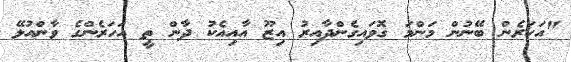
"އަހަރެން ބޭނުން މަންމަ ގޮވައިގެންދާއިރު އިޒޫ އާއިއެކު ދާން ތީ އަހަރެންގެ ވާންއުޅޭ